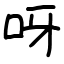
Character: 呀